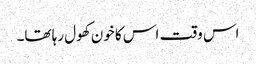
اس وقت اس کا خون کھول رہا تھا۔